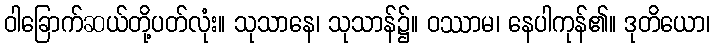
ဝါခြောက်ဆယ်တို့ပတ်လုံး။ သုသာနေ၊ သုသာန်၌။ ဝဿာမ၊ နေပါကုန်၏။ ဒုတိယော၊